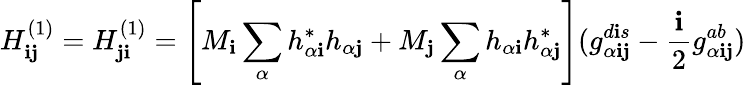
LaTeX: H_{\mathbf{i}\mathbf{j}}^{(1)}=H_{\mathbf{j}\mathbf{i}}^{(1)}=\left[M_{\mathbf{i}}\sum_{\alpha}h_{\alpha\mathbf{i}}^{\ast}h_{\alpha\mathbf{j}}+M_{\mathbf{j}}\sum_{\alpha}h_{\alpha\mathbf{i}}h_{\alpha\mathbf{j}}^{\ast}\right](g_{\alpha\mathbf{i}\mathbf{j}}^{d\mathbf{i}s}-\frac{{\mathbf{i}}}{{2}}g_{\alpha\mathbf{i}\mathbf{j}}^{ab})